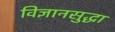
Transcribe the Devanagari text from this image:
विज्ञानसुद्धा